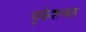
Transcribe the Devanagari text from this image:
पृफेशनल